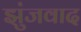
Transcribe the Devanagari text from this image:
झुंजवाद